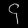
Digit: ၄